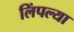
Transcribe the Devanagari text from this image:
लिंपल्या